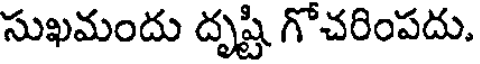
సుఖమందు దృష్టి గోచరింపదు.